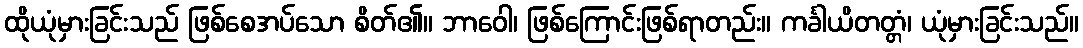
ထိုယုံမှားခြင်းသည် ဖြစ်စေအပ်သော စိတ်၏။ ဘာဝေါ၊ ဖြစ်ကြောင်းဖြစ်ရာတည်း။ ကင်္ခါယိတတ္တံ၊ ယုံမှားခြင်းသည်။